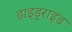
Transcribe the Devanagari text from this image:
डाइड्राइड